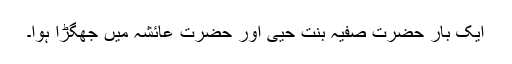
ایک بار حضرت صفیہ بنت حیی اور حضرت عائشہ میں جھگڑا ہوا۔